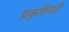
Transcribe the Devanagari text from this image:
प्रकृतिवदी